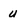
Character: u